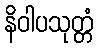
နိဝါပသုတ္တံ